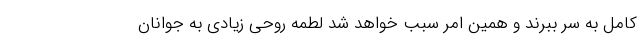
کامل به سر ببرند و همین امر سبب خواهد شد لطمه روحی زیادی به جوانان